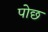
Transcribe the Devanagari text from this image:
पोछ